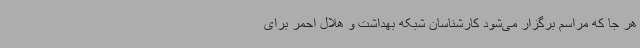
هر جا که مراسم برگزار می‌شود کارشناسان شبکه بهداشت و هلال احمر برای